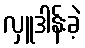
လှူဒါန်းခဲ့